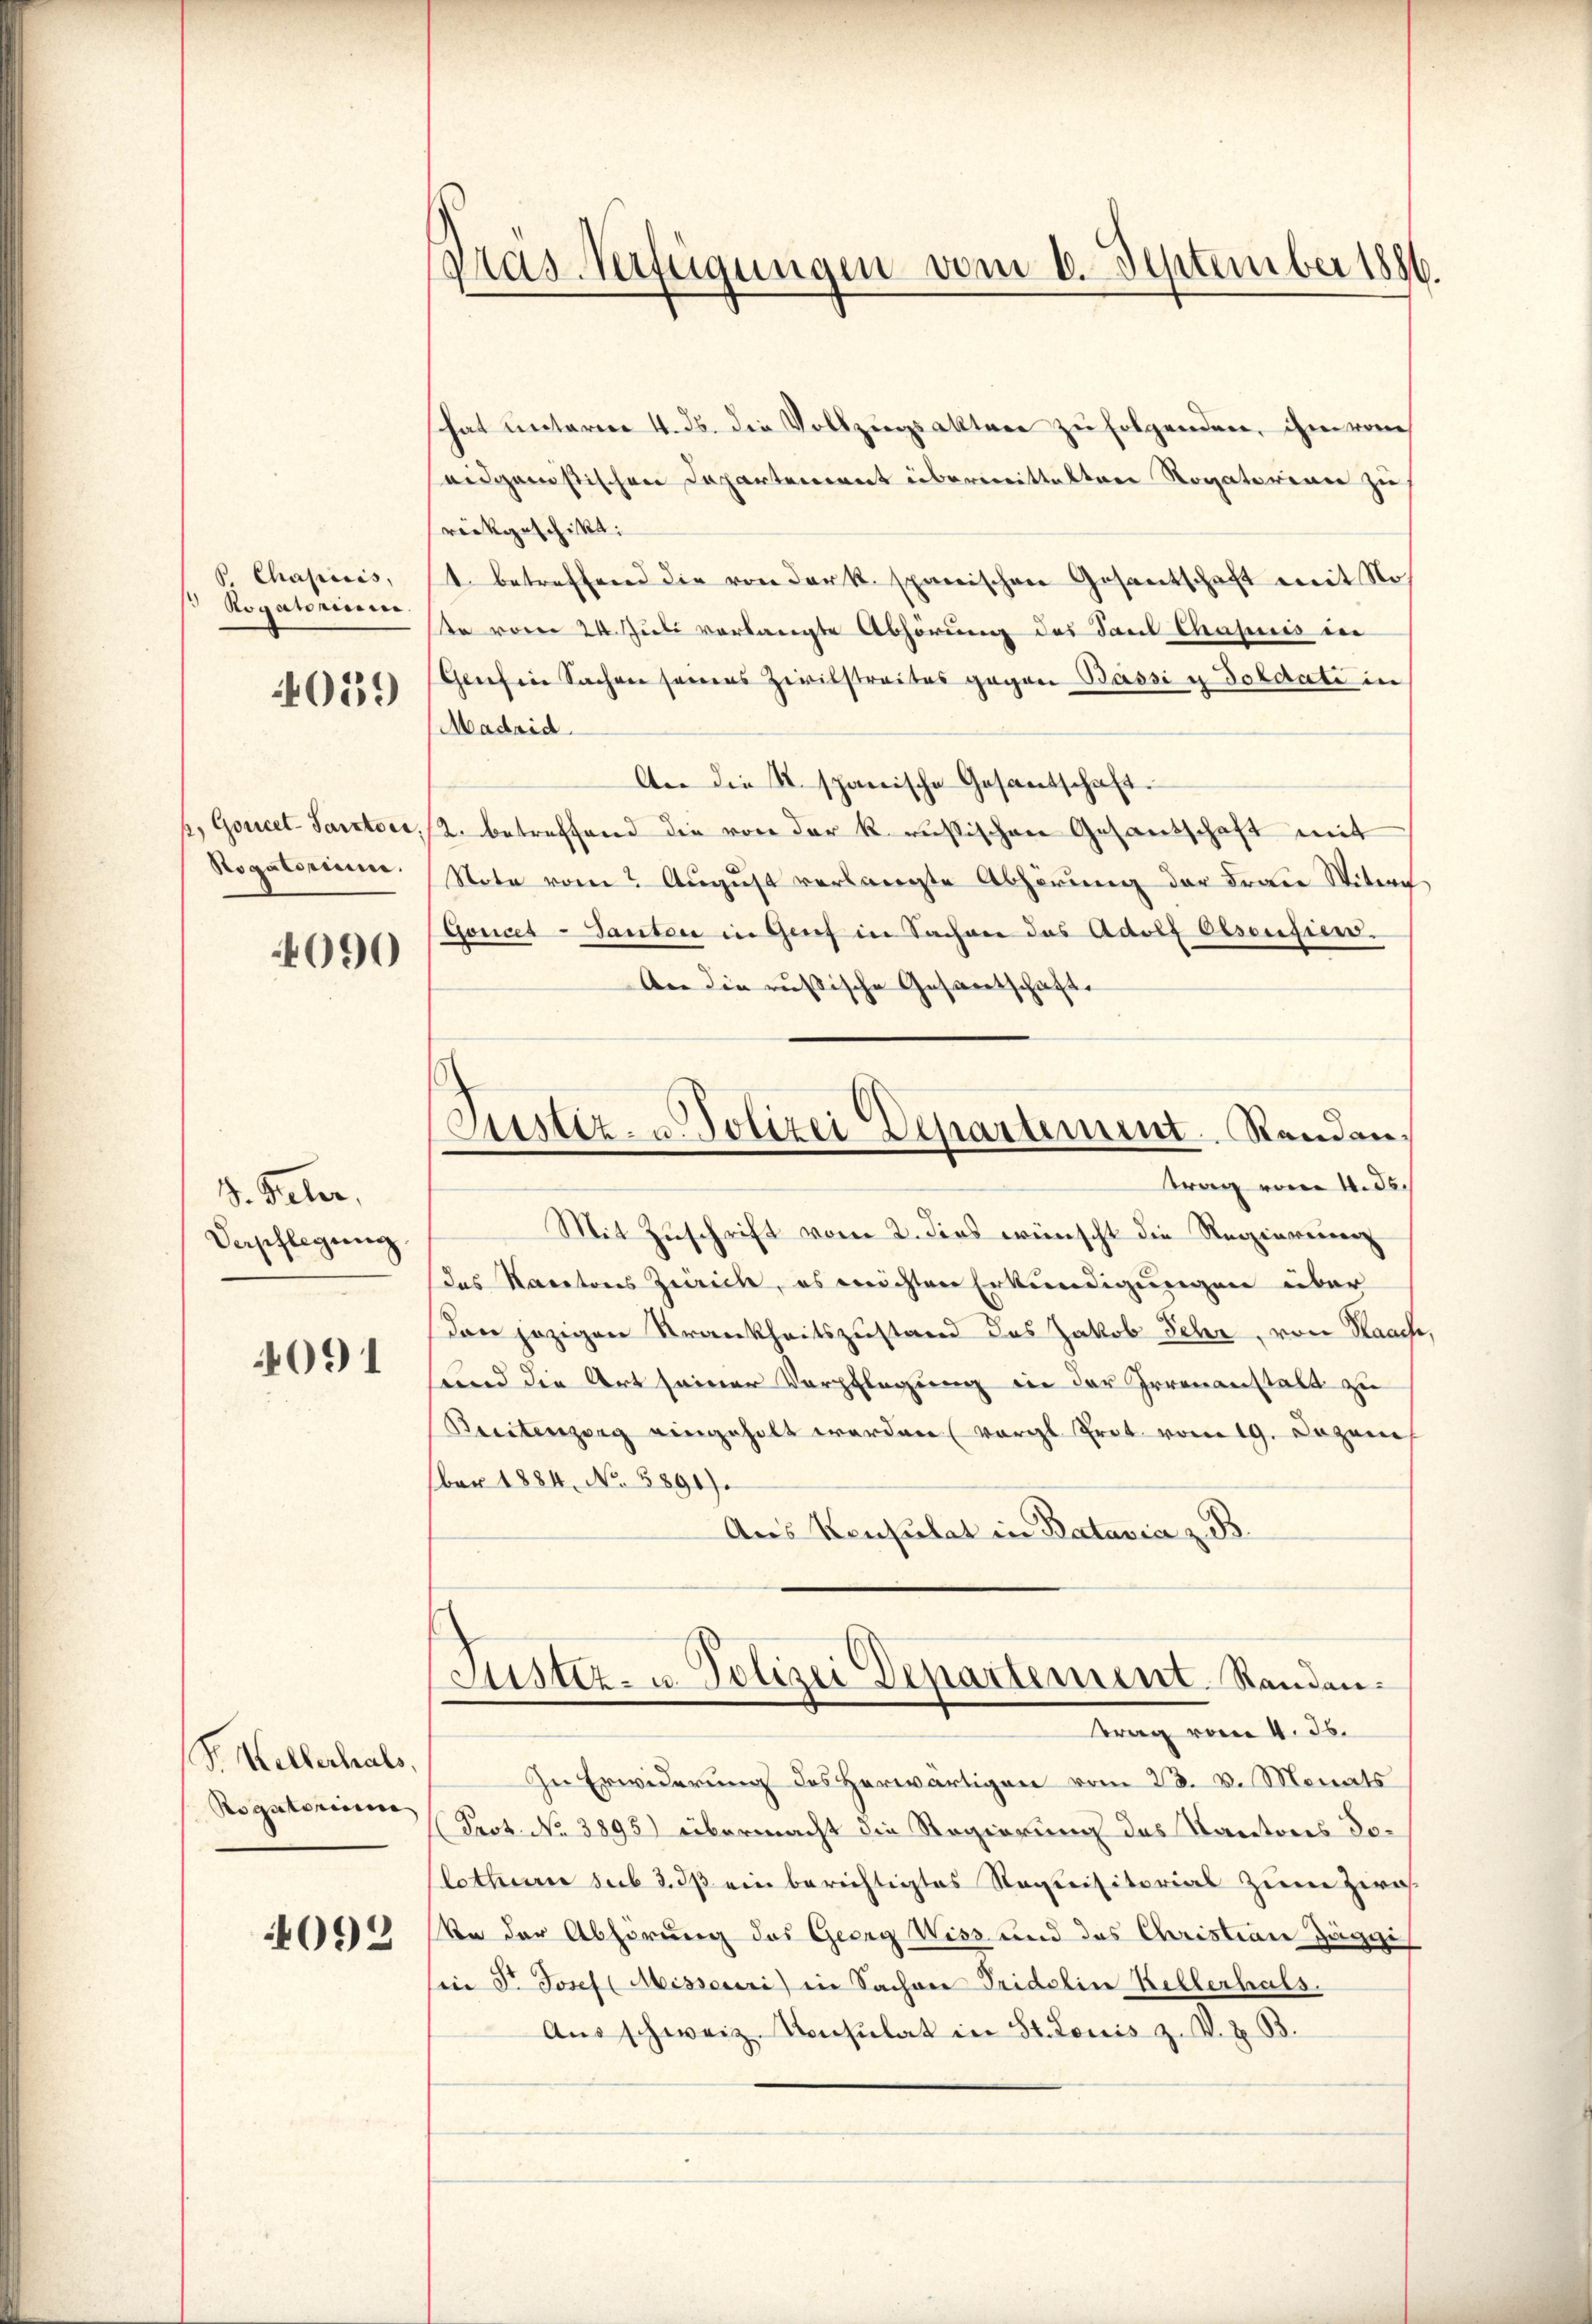
P. Chapiis,
Rogahnun
4039

h. Goucet-Sarztoci.
Sogatorium.

090

d. Paler,
Vepflegung

4091

Sr. Kellerhals,
Rogatoriu

092

Pras Verfügungen vom 6. September 1886.

Justiz- u Polizei Departement Randanag vom 4. ds.

hat unterm 4. ds. die Vollzugsakten zu folgenden, ihm vom
seidganistischen Departement übermittelten Rogatorinn zu
rückgeschikt:
1. betreffend die von der k. spanischen Gesantschaft mit No.
te vom 24. Juli verlangte Abhörung des Paul Chapuis in
Genesen Sachen seines Zivilstreites gegen Bassi u Soldati in
Madrid
An die A. spanische Gesantschaft.
2. betreffend die von der k. russischen Gesandschaft mit
Note vom 2 August verlangte Abhörung der Fraie Witwe
Goncet-Tanten in Genf in Sachen das Adolf Oesensien.
An die russische Gesantschaft.
Mit Zuschrift vom 2. dies wünscht die Regierenen
das Kantons Zürich, es reichten Erkundigungen über
den jezigen Strankheitszustand das Jakob Fehr, von Haach
und die Art seiner Verpflegung in der Irrenanstalt zu
Breitenzung eingeholt werden (vergl. Prot. vom 19. Dozen
ber 1884. No. 5891).
Aus Konsulat in Batavia z. B.
Astiz- u. Polizei Departement Standen.
trag vom 4. Js.
In Erwiderung des herwärtigen vom 23. v. Monats
(Prot. No 3895) übermacht die Regierung des Kantons Selothur sub 2. ds ein berichtigtes Requisitorias zum zwe
vn der Abhörung des Georg Wiss und des Christian Jäge
Ein Fr. Josef (Misseuri) in Sachen Tridelin Kellerhals.
Aŭs schweiz. Konsulat in St. Louis z. V. Z. 33.